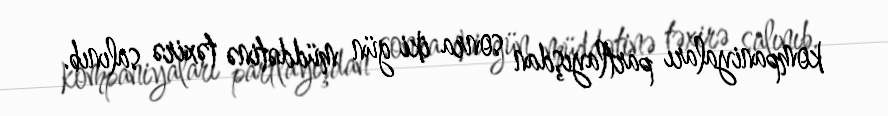
kompaniyaları partlayışdan sonra iki gün müddətinə təxirə salınıb.